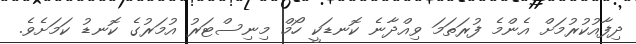
ދިފާއުކުރުމަށް އެންމެ ފުރަތަމަ ވިއްދާނެ ކޮނޑަކީ ހޯމް މިނިސްޓަރު އުމަރުގެ ކޮނޑު ކަމަށެވެ.